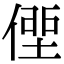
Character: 𠋿